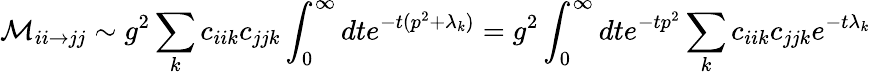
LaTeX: {\cal M}_{ii\rightarrow jj}\sim g^{2}\sum_{k}c_{iik}c_{jjk}\int_{0}^{\infty}dte^{-t(p^{2}+\lambda_{k})}=g^{2}\int_{0}^{\infty}dte^{-tp^{2}}\sum_{k}c_{iik}c_{jjk}e^{-t\lambda_{k}}